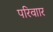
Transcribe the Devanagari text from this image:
परिवाार